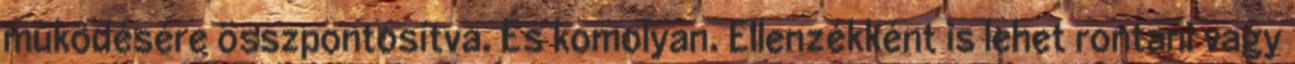
működésére összpontosítva. És komolyan. Ellenzékként is lehet rontani vagy